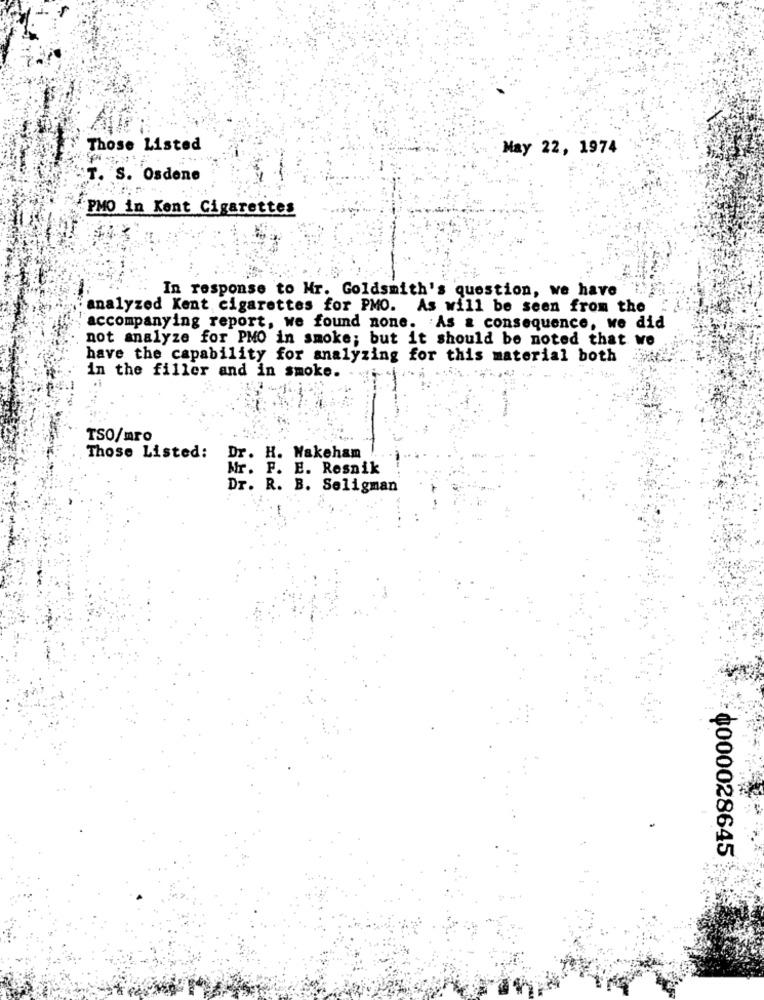
Those Listed
May 22, 1974
T. S. Osdene
PMO in Kent Cigarettes
In response to Mr. Goldsmith's question, we have
analyzed Kent cigarettes for PMO. As will be seen from the
accompanying report, we found none. As a consequence, we did
not analyze for PMO in smoke; but it should be noted that we
have the capability for analyzing for this material both
in the filler and in smoke.
TSO/mro
Those Listed:
Dr. H. Wakeham
Mr. F. E. Resnik
Dr. R. B. Seligman
0000028645